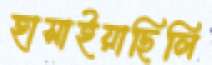
হাসাইয়াছিলি